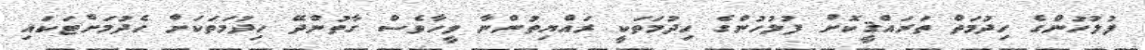
ފުލުހުންގެ ހިދުމަތް ތަރައްޤީކޮށް ފުލުހުންގެ ހިދުމަތަކީ ރައްޔިތުންނާ ވީހާވެސް ގާތުންދޭ ހިދުމަތަކަށް ހެދުމަށްޓަކައި